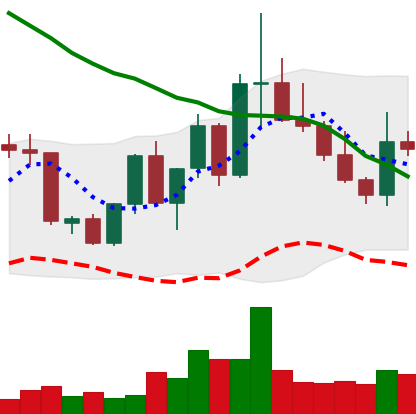
Ticker: XLM-USD
Chart end date: 2022-09-30
Forward return: 3.945%
Label: up_3_5